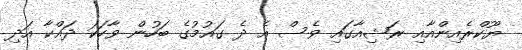
ޔޫކްރެއިންއާއި ރަޝިއާގައި ވެސް އެ ދެ ގައުމުގެ ބަހުން ވާހަކަ ދައްކާ އަދި